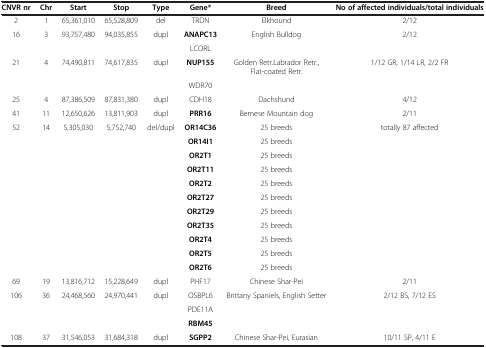
| CNVR nr | Chr | Start | Stop | Type | Gene* | Breed | No of affected individuals/total individuals |
 | --- | --- | --- | --- | --- | --- | --- | --- |
 | 2 | 1 | 65,361,010 | 65,528,809 | del | TRDN | Elkhound | 2/12 |
 | 16 | 3 | 93,757,480 | 94,035,855 | dupl | ANAPC13 | English Bulldog | 2/12 |
 |  |  |  |  |  | LCORL |  |  |
 | 21 | 4 | 74,490,811 | 74,617,835 | dupl | NUP155 | Golden Retr.Labrador Retr., Flat-coated Retr. | 1/12 GR, 1/14 LR, 2/2 FR |
 |  |  |  |  |  | WDR70 |  |  |
 | 25 | 4 | 87,386,509 | 87,831,380 | dupl | CDH18 | Dachshund | 4/12 |
 | 41 | 11 | 12,650,626 | 13,811,903 | dupl | PRR16 | Bernese Mountain dog | 2/11 |
 | 52 | 14 | 5,305,030 | 5,752,740 | del/dupl | OR14C36 | 25 breeds | totally 87 affected |
 |  |  |  |  |  | OR14I1 | 25 breeds |  |
 |  |  |  |  |  | OR2T1 | 25 breeds |  |
 |  |  |  |  |  | OR2T11 | 25 breeds |  |
 |  |  |  |  |  | OR2T2 | 25 breeds |  |
 |  |  |  |  |  | OR2T27 | 25 breeds |  |
 |  |  |  |  |  | OR2T29 | 25 breeds |  |
 |  |  |  |  |  | OR2T35 | 25 breeds |  |
 |  |  |  |  |  | OR2T4 | 25 breeds |  |
 |  |  |  |  |  | OR2T5 | 25 breeds |  |
 |  |  |  |  |  | OR2T6 | 25 breeds |  |
 | 69 | 19 | 13,816,712 | 15,228,649 | dupl | PHF17 | Chinese Shar-Pei | 2/11 |
 | 106 | 36 | 24,468,560 | 24,970,441 | dupl | OSBPL6 | Brittany Spaniels, English Setter | 2/12 BS, 7/12 ES |
 |  |  |  |  |  | PDE11A |  |  |
 |  |  |  |  |  | RBM45 |  |  |
 | 108 | 37 | 31,546,053 | 31,684,318 | dupl | SGPP2 | Chinese Shar-Pei, Eurasian | 10/11 SP, 4/11 E |